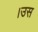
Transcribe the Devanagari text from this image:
।उस